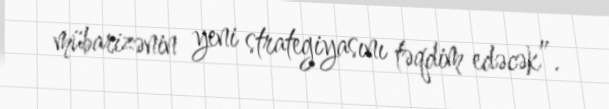
mübarizənin yeni strategiyasını təqdim edəcək”.